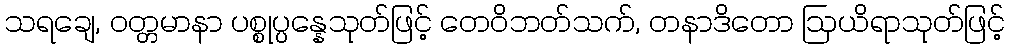
သရချေ, ဝတ္တမာနာ ပစ္စုပ္ပန္နေသုတ်ဖြင့် တေဝိဘတ်သက်, တနာဒိတော ဩယိရာသုတ်ဖြင့်